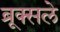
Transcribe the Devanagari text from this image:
ब्रूक्सले